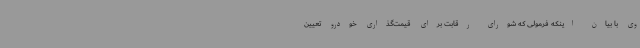
وی با بیان اینکه فرمولی که شورای رقابت برای قیمت‌گذاری خودرو تعیین